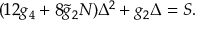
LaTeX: ( 1 2 g _ { 4 } + 8 \widetilde { g } _ { 2 } N ) \Delta ^ { 2 } + g _ { 2 } \Delta = S .